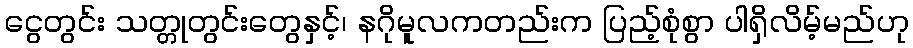
ငွေတွင်း သတ္တုတွင်းတွေနှင့်၊ နဂိုမူလကတည်းက ပြည့်စုံစွာ ပါရှိလိမ့်မည်ဟု